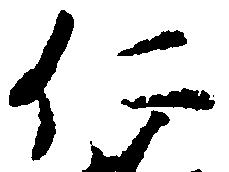
仁